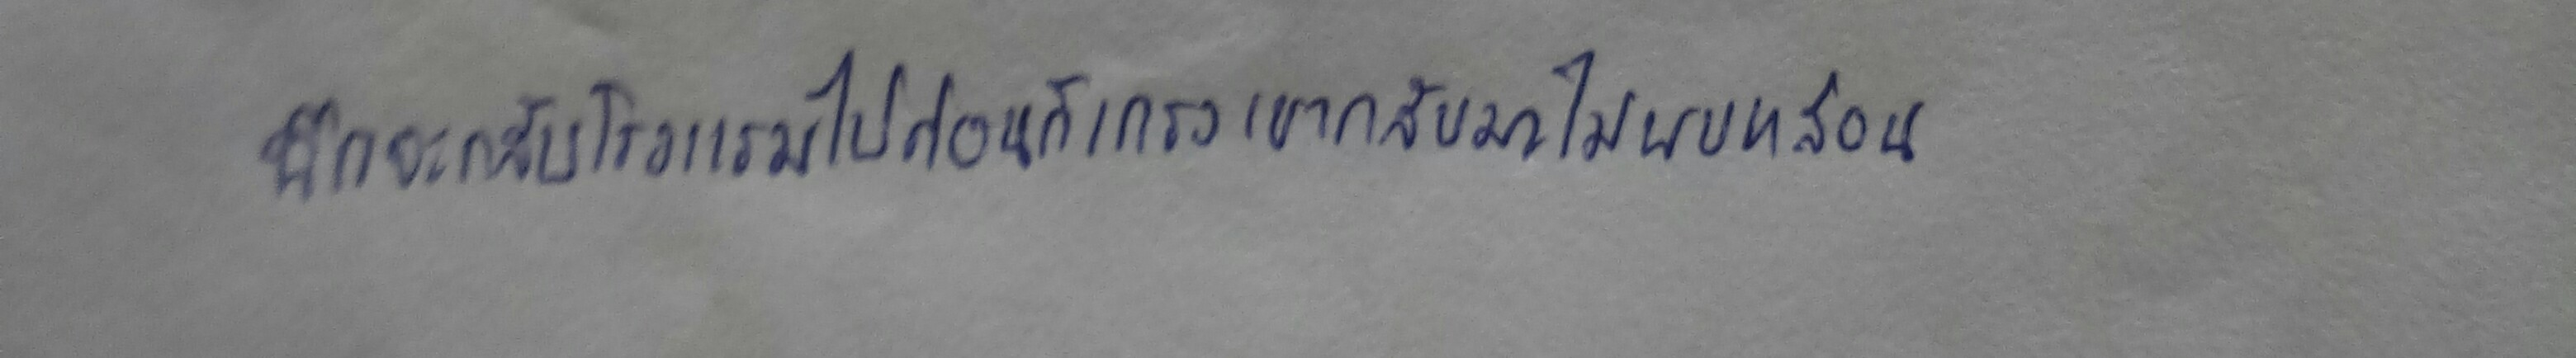
นึกจะกลับโรงแรมไปก่อนก็เกรงเขากลับมาไม่พบหล่อน